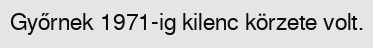
Győrnek 1971-ig kilenc körzete volt.